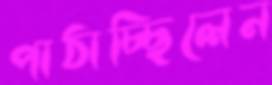
পাঠাচ্ছিলেন